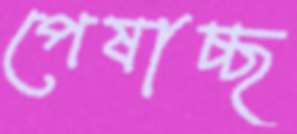
পেষাচ্ছ